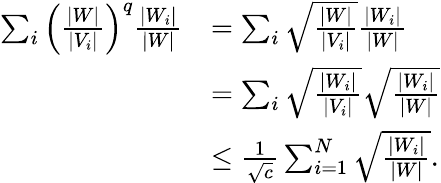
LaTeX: \begin{array}{rl}{\sum_{i}\left(\frac{|W|}{|V_{i}|}\right)^{q}\frac{|W_{i}|}{|W|}}&{=\sum_{i}\sqrt{\frac{|W|}{|V_{i}|}}\frac{|W_{i}|}{|W|}}\\ &{=\sum_{i}\sqrt{\frac{|W_{i}|}{|V_{i}|}}\sqrt{\frac{|W_{i}|}{|W|}}}\\ &{\leq\frac{1}{\sqrt{c}}\sum_{i=1}^{N}\sqrt{\frac{|W_{i}|}{|W|}}.}\end{array}